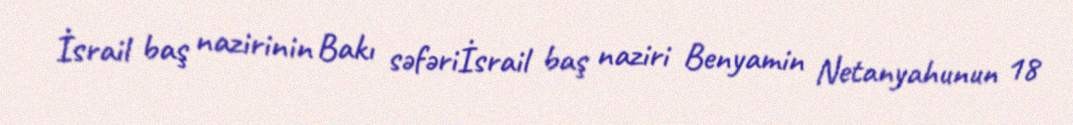
İsrail baş nazirinin Bakı səfəriİsrail baş naziri Benyamin Netanyahunun 18